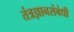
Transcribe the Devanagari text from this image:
तंत्रज्ञानसंबंधी